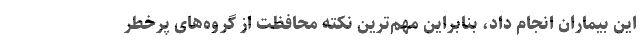
این بیماران انجام داد، بنابراین مهم‌ترین نکته محافظت از گروه‌های پرخطر